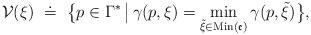
LaTeX: \begin{align*}\mathcal{V}(\xi )\ \doteq \ \big\{p\in \Gamma^{\ast }\,\big|\,\gamma (p,\xi)=\min_{{\tilde{\xi}}\in \mathrm{Min}(\mathfrak{e})}\gamma (p,{\tilde{\xi}})\big\}, \end{align*}